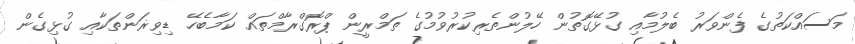
މަސައްކަތުގެ ފެންވަރު ބެލުމާއި ގުޅޭގޮތުން ހޭލުންތެރިކުރުވުމުގެ ތަމްރީން ޕްރޮގްރާމްތައް ކަމާބެހޭ ޑިވިޜަންތަކާއި ގުޅިގެން